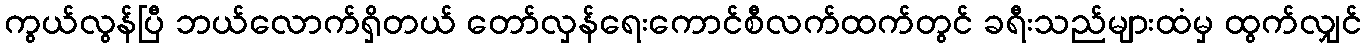
ကွယ်လွန်ပြီ ဘယ်လောက်ရှိတယ် တော်လှန်ရေးကောင်စီလက်ထက်တွင် ခရီးသည်များထံမှ ထွက်လျှင်